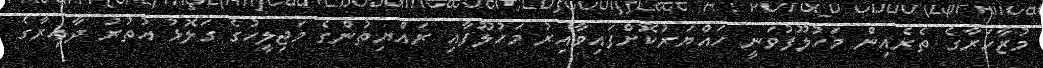
މުޒާހަރާގެ ތެރެއިން މަހުލޫފުވަނީ ހައްޔަރުކޮށްފައިވާއިރު މަހުލޫފާއި ރައްޔިތުންގެ މަޖިލީހުގެ ގަލޮޅު އުތުރު ދާއިރާގެ